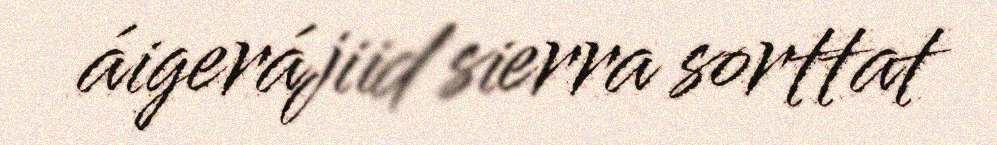
áigerájiid sierra sorttat